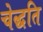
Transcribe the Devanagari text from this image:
चेद्धति